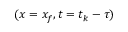
( x = x _ { f } , t = t _ { k } - \tau )